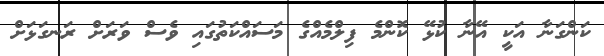
ކަންގަނާ އަކީ އޭނާ ކުޅޭ ކޮންމެ ފިލްމެއްގެ މަސައްކަތުގައި ވެސް ވަރަށް ރަނގަޅަށް